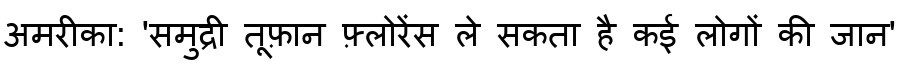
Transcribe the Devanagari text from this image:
अमरीका: 'समुद्री तूफ़ान फ़्लोरेंस ले सकता है कई लोगों की जान'